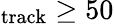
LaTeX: _{\mathrm{track}}\geq 50